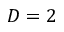
D = 2